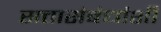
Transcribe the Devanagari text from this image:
सत्तासंबंधांशी